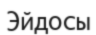
Эйдосы